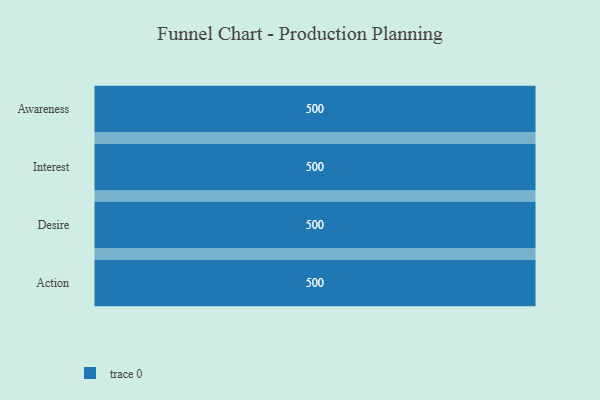
{"axis": {"x": "Stage", "y": "Value"}, "legend": [""], "data": [{"x": "Awareness", "y": 500, "type": ""}, {"x": "Interest", "y": 500, "type": ""}, {"x": "Desire", "y": 500, "type": ""}, {"x": "Action", "y": 500, "type": ""}]}